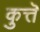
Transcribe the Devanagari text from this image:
कुत्तॆ